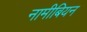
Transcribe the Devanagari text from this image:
नामीबियन